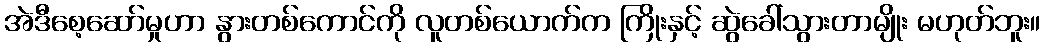
အဲဒီစေ့ဆော်မှုဟာ နွားတစ်ကောင်ကို လူတစ်ယောက်က ကြိုးနှင့် ဆွဲခေါ်သွားတာမျိုး မဟုတ်ဘူး။